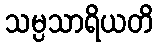
သမ္ပသာရိယတိ